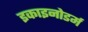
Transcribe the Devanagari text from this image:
इकाइनोडर्म